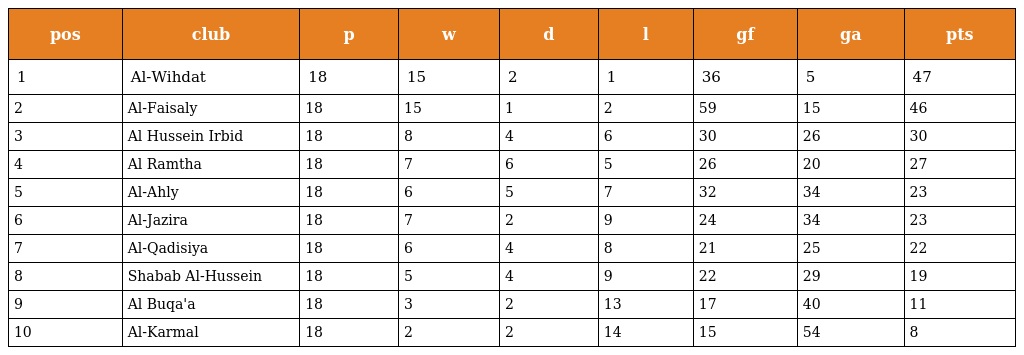
| pos | club | p | w | d | l | gf | ga | pts |
 | --- | --- | --- | --- | --- | --- | --- | --- | --- |
 | 1 | Al-Wihdat | 18 | 15 | 2 | 1 | 36 | 5 | 47 |
 | 2 | Al-Faisaly | 18 | 15 | 1 | 2 | 59 | 15 | 46 |
 | 3 | Al Hussein Irbid | 18 | 8 | 4 | 6 | 30 | 26 | 30 |
 | 4 | Al Ramtha | 18 | 7 | 6 | 5 | 26 | 20 | 27 |
 | 5 | Al-Ahly | 18 | 6 | 5 | 7 | 32 | 34 | 23 |
 | 6 | Al-Jazira | 18 | 7 | 2 | 9 | 24 | 34 | 23 |
 | 7 | Al-Qadisiya | 18 | 6 | 4 | 8 | 21 | 25 | 22 |
 | 8 | Shabab Al-Hussein | 18 | 5 | 4 | 9 | 22 | 29 | 19 |
 | 9 | Al Buqa'a | 18 | 3 | 2 | 13 | 17 | 40 | 11 |
 | 10 | Al-Karmal | 18 | 2 | 2 | 14 | 15 | 54 | 8 |